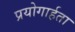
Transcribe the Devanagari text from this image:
प्रयोगार्हता